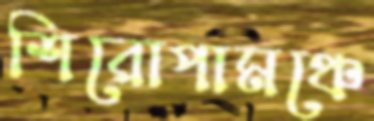
শিরোপামঞ্চে